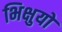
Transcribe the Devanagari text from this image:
भिक्षुयों